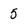
Character: 5